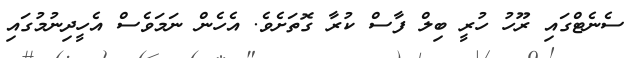
ސެނެޓްގައި ރޫހު ހުރީ ބިލް ފާސް ކުރާ ގޮތަށެވެ. އެހެން ނަަމަވެސް އެހީދިނުމުގައި